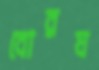
বোরঘ